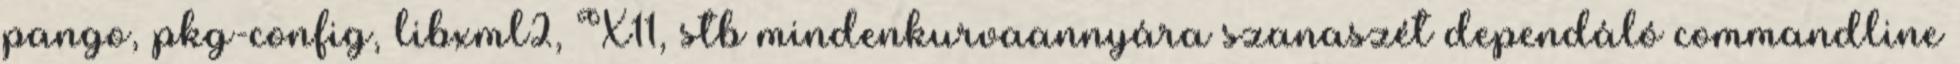
pango, pkg-config, libxml2, X11, stb mindenkurvaannyára szanaszét dependáló commandline